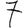
Digit: 7